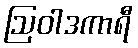
ဩဝါဒကာရီ